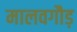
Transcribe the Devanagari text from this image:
मालवगौड़